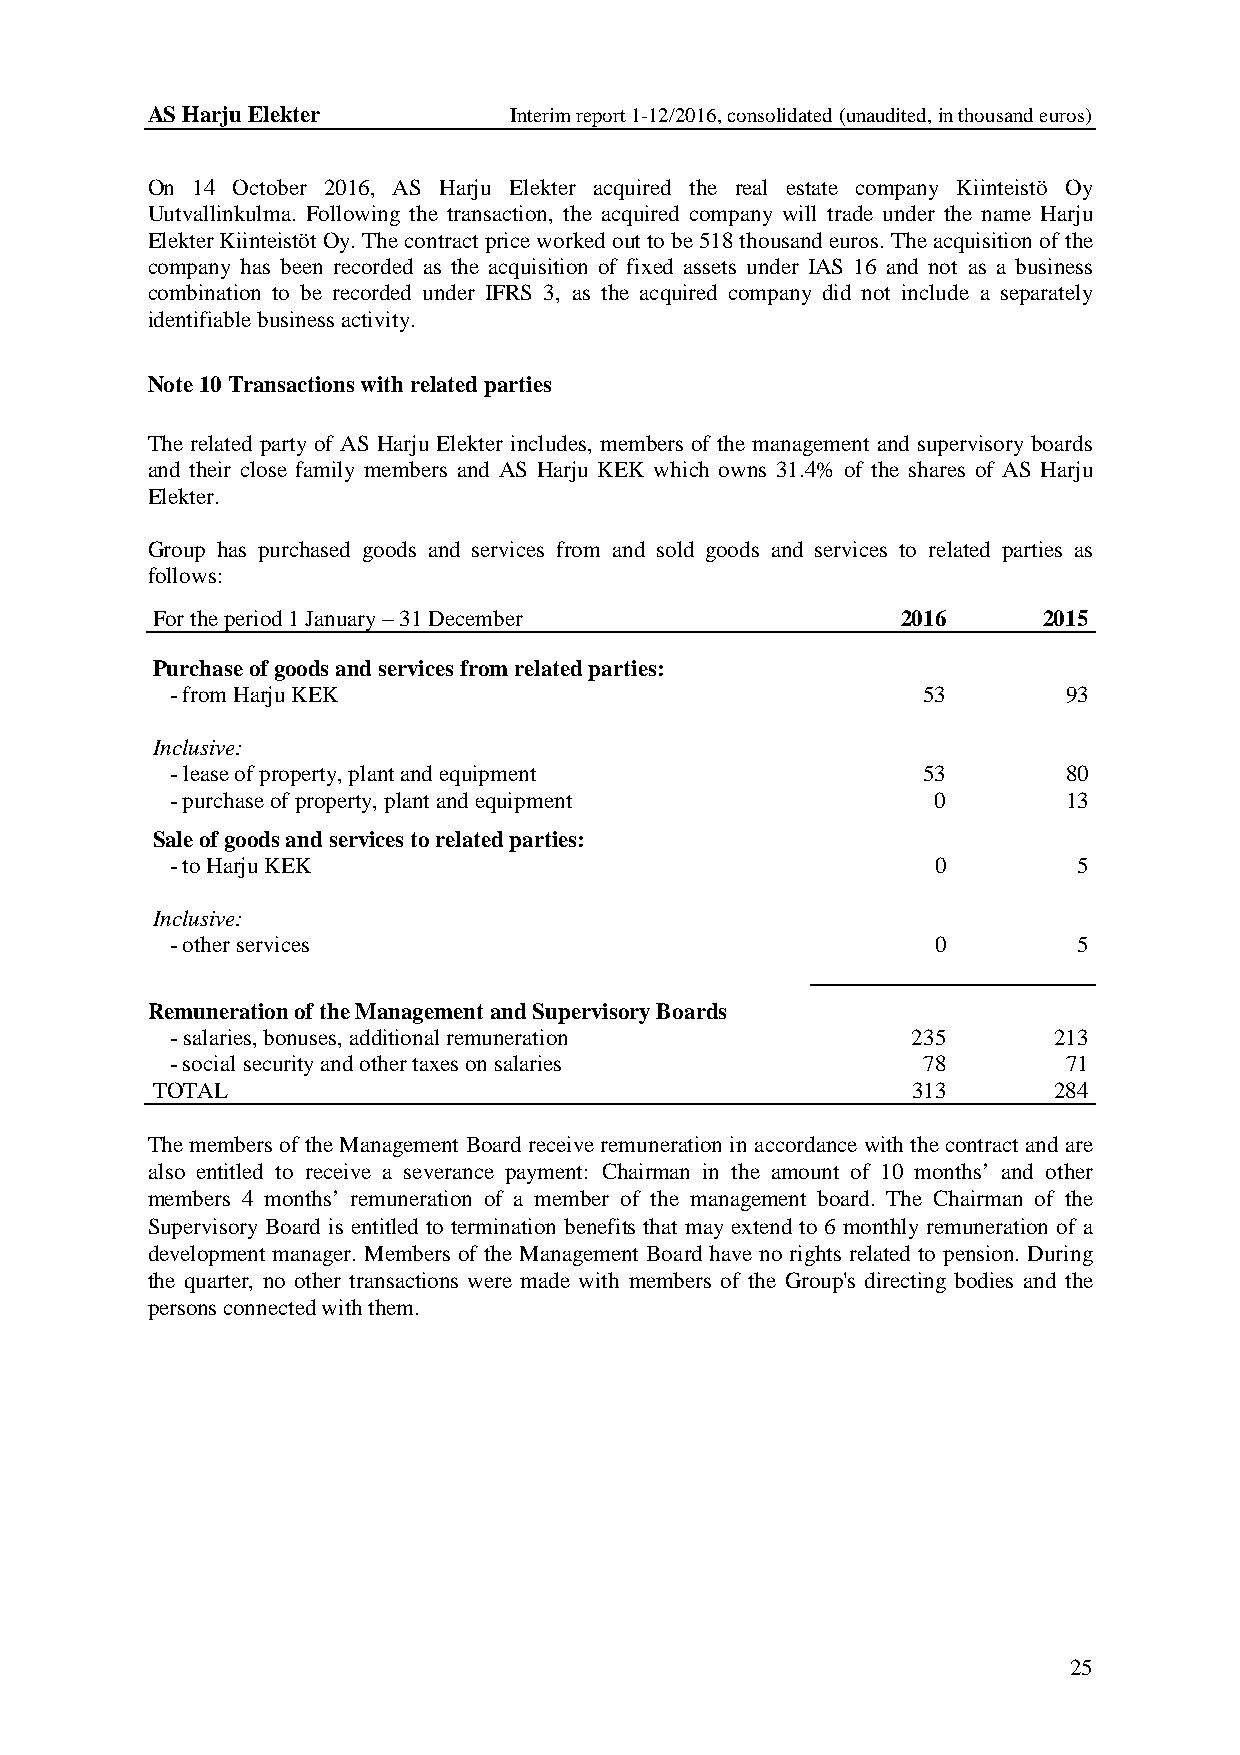
AS Harju Elekter        Interim report 1-12/2016, consolidated (unaudited, in thousand euros)
 On 14 October 2016, AS Harju Elekter acquired the real estate company Kiinteistö Oy
 Uutvallinkulma. Following the transaction, the acquired company will trade under the name Harju
 Elekter Kiinteistöt Oy. The contract price worked out to be 518 thousand euros. The acquisition of the
 company has been recorded as the acquisition of fixed assets under IAS 16 and not as a business
 combination to be recorded under IFRS 3, as the acquired company did not include a separately
 identifiable business activity.
 Note 10 Transactions with related parties
 The related party of AS Harju Elekter includes, members of the management and supervisory boards
 and their close family members and AS Harju KEK which owns 31.4% of the shares of AS Harju
 Elekter.
 Group has purchased goods and services from and sold goods and services to related parties as
 follows:
 For the period 1 January – 31 December            2016     2015
 Purchase of goods and services from related parties:
 - from Harju KEK                                  53        93
 Inclusive:
 - lease of property, plant and equipment          53        80
 - purchase of property, plant and equipment        0        13
 Sale of goods and services to related parties:
 - to Harju KEK                                     0        5
 Inclusive:
 - other services                                   0        5
 Remuneration of the Management and Supervisory Boards
 - salaries, bonuses, additional remuneration     235       213
 - social security and other taxes on salaries     78        71
 TOTAL                                             313       284
 The members of the Management Board receive remuneration in accordance with the contract and are
 also entitled to receive a severance payment: Chairman in the amount of 10 months’ and other
 members 4 months’ remuneration of a member of the management board. The Chairman of the
 Supervisory Board is entitled to termination benefits that may extend to 6 monthly remuneration of a
 development manager. Members of the Management Board have no rights related to pension. During
 the quarter, no other transactions were made with members of the Group's directing bodies and the
 persons connected with them.
 25